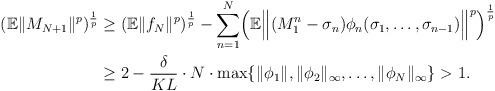
LaTeX: \begin{align*} (\mathbb E\|M_{N+1}\|^p)^{\frac 1p} &\geq (\mathbb E\|f_{N}\|^p)^{\frac 1p} - \sum^N_{n=1} \Bigl(\mathbb E \Bigl\| (M^n_1-\sigma_n) \phi_{n}(\sigma_1,\ldots,\sigma_{n-1})\Bigr\|^p\Bigr)^{\frac 1p}\\ &\geq 2-\frac{\delta}{KL}\cdot N \cdot\max\{\|\phi_1\|, \|\phi_2\|_{\infty},\ldots, \|\phi_N\|_{\infty}\} >1. \end{align*}